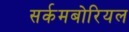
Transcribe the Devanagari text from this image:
सर्कमबोरियल